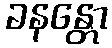
ခနန္တော